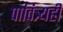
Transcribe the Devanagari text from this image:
पावित्र्यही